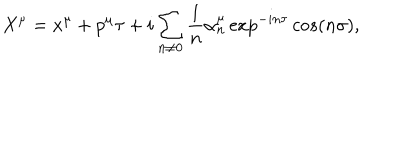
X ^ { \mu } = x ^ { \mu } + p ^ { \mu } \tau + i \sum _ { n \neq 0 } \frac { 1 } { n } \alpha _ { n } ^ { \mu } \exp ^ { - i n \tau } c o s ( n \sigma ) , \nonumber